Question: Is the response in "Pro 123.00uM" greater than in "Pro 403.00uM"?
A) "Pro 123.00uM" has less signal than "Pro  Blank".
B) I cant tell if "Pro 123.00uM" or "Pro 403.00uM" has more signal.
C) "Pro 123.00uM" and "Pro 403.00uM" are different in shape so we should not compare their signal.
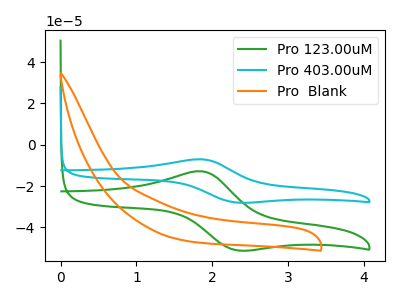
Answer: <think>The green curve "Pro 123.00uM" has an anodic peak at (1.85V, -12.85uA) and a cathodic peak at (2.35V, -51.10uA). The cyan curve "Pro 403.00uM" has an anodic peak at (1.85V, -7.05uA) and a cathodic peak at (2.35V, -28.00uA). The orange curve "Pro  Blank" has no peaks.
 All the peaks in "Pro 123.00uM" have a peak in "Pro 403.00uM" at the same potential.</think>
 <answer>B) I cant tell if "Pro 123.00uM" or "Pro 403.00uM" has more signal.</answer>
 <eval>B</eval>